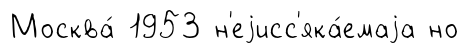
Москва́ 1953 н'еjисс'яка́емаjа но